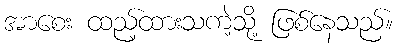
အာစေး ထည့်ထားသကဲ့သို့ ဖြစ်နေသည်။